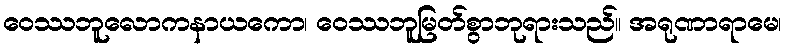
ဝေဿဘူလောကနာယကော၊ ဝေဿဘူမြတ်စွာဘုရားသည်။ အရုဏာရာမေ၊